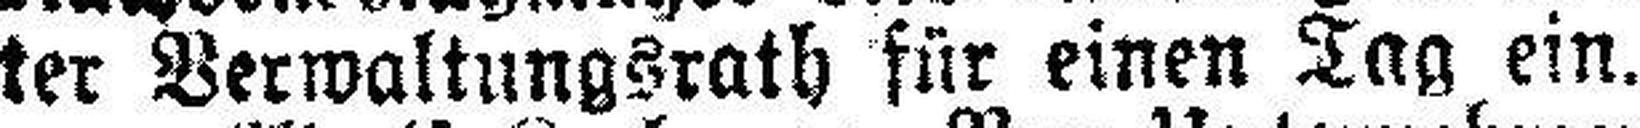
ter Verwaltungsrath für einen Tag ein.